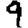
Digit: 9